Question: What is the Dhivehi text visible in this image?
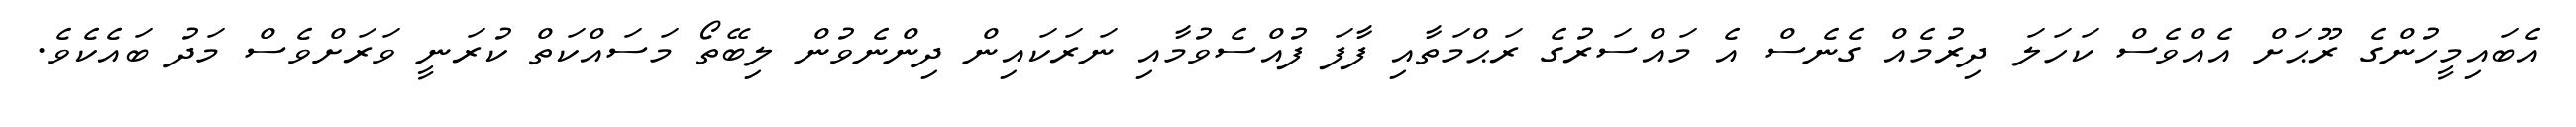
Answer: އެބައިމީހުންގެ ރޫޙަށް އެއްވެސް ކަހަލަ ދިރުމެއް ގެނެސް އެ މައްސަރުގެ ރަޙްމަތާއި ފާފަ ފުއްސެވުމާއި ނަރަކައިން ދިންނެވުން ލިބޭތޯ މަސައްކަތް ކުރަނީ ވަރަށްވެސް މަދު ބައެކެވެ.